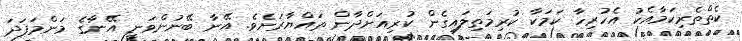
ކެތްތެރިކަމާއެކު އެހުރިހާ ކަމަކާ ކުރިމަތިލައިގެން ކުރިއަށްދާން ތައްޔާރަށެވެ. އޭނާ ބޭނުންވަނީ އޭނާގެ މަންމަފަދަ